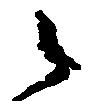
之